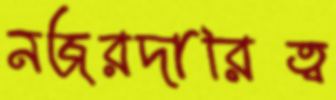
নজরদারিত্ব